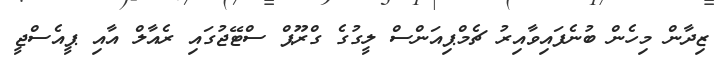
ޒިދާން މިހެން ބުނެފައިވާއިރު ޗެމްޕިއަންސް ލީގުގެ ގްރޫޕް ސްޓޭޖުގައި ރެއާލް އާއި ޕީއެސްޖީ